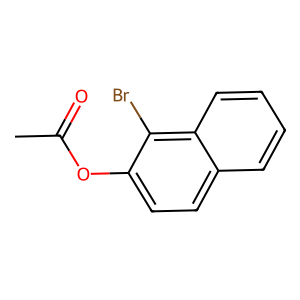
SMILES: CC(=O)Oc1ccc2ccccc2c1Br
Inhibits HIV replication: No